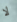
لا